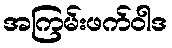
အကြမ်းဖက်ဝါဒ